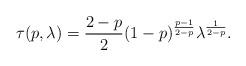
LaTeX: \begin{align*} \tau(p,\lambda)=\frac{2-p}{2}(1-p)^{\frac{p-1}{2-p}}\lambda^{\frac{1}{2-p}}. \end{align*}